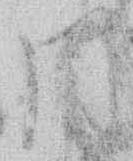
同